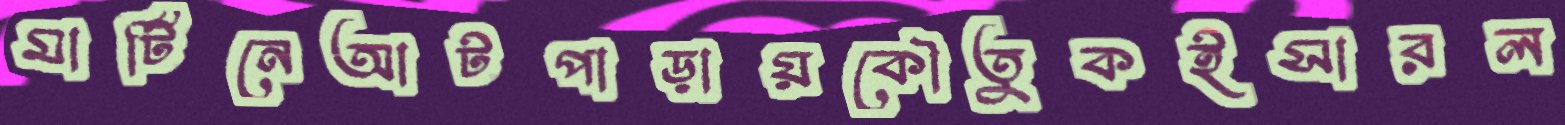
মার্টিনেআটপাড়ায়কৌতুকইসারল